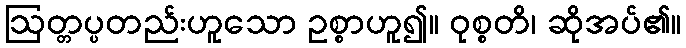
ဩတ္တပ္ပတည်းဟူသော ဥစ္စာဟူ၍။ ဝုစ္စတိ၊ ဆိုအပ်၏။